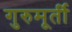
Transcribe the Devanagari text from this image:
गुरुमूर्ती